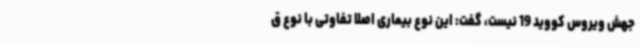
جهش ویروس کووید 19 نیست، گفت: این نوع بیماری اصلا تفاوتی با نوع ق